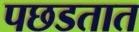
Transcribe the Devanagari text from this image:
पछडतात